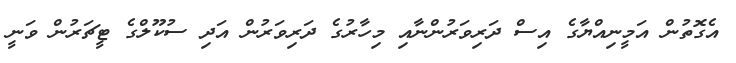
އެގޮތުން އަމީނިއްޔާގެ އިސް ދަރިވަރުންނާއި މިހާރުގެ ދަރިވަރުން އަދި ސުކޫލްގެ ޓީޗަރުން ވަނީ